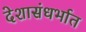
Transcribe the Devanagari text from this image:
देशासंधर्भात